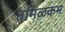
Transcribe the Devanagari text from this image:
तमिऴकम